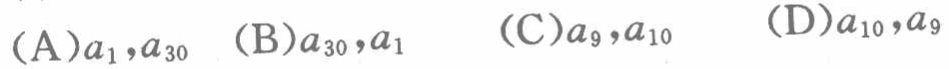
(A)$a_{1},a_{30}$ (B)$a_{30},a_{1}$ (C)$a_{9},a_{10}$ (D)$a_{10},a_{9}$